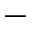
_ -